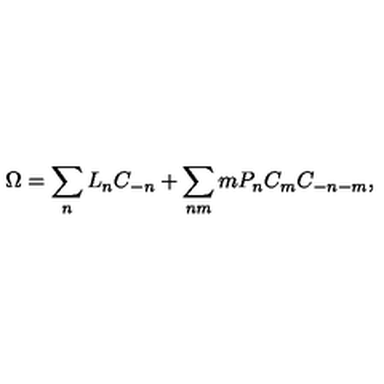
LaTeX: \Omega = \sum _ { n } L _ { n } C _ { - n } + \sum _ { n m } m P _ { n } C _ { m } C _ { - n - m } ,